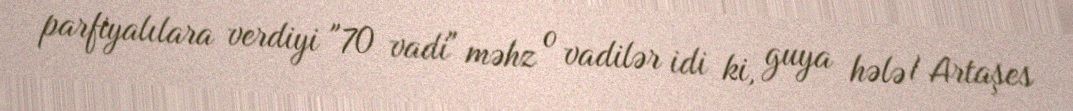
parfiyalılara verdiyi "70 vadi" məhz o vadilər idi ki, guya hələ I Artaşes